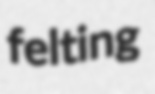
felting